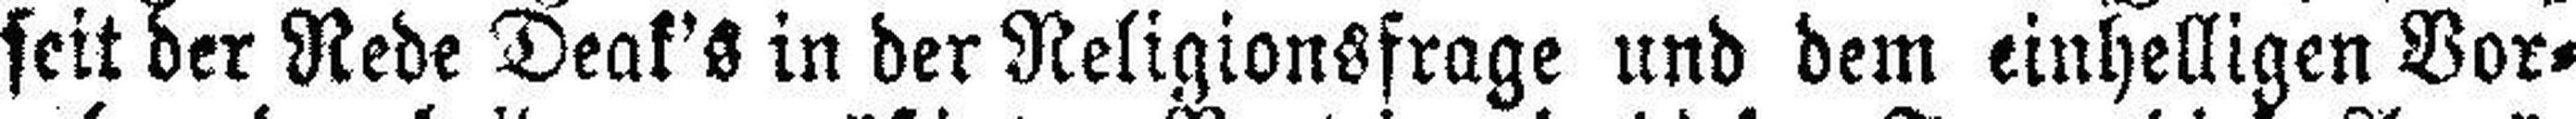
seit der Rede Deak's in der Religionsfrage und dem einhelligen Vor¬